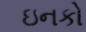
ઇનકો